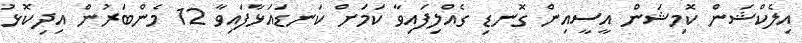
އިލެކްޝަން ކޮމިޝަން އީސީއިން ގޮނޑި ގެއްލިފައިވާ ކަމަށް ކަނޑައަޅާފައިވާ 12 މެންބަރުން އިދިކޮޅު